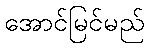
အောင်မြင်မည်